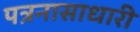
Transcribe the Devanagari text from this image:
पत्रनासाधारी